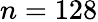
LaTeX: n=128